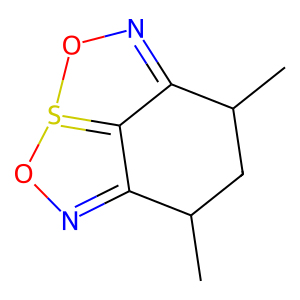
SMILES: CC1CC(C)C2=NOS3=C2C1=NO3
Inhibits HIV replication: No